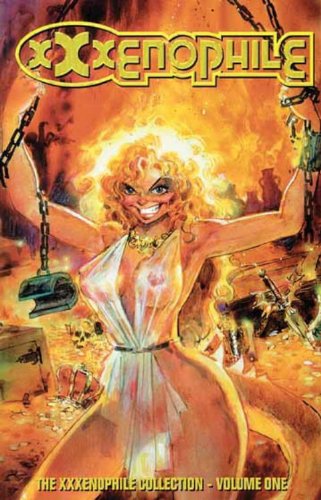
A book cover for The XXXenophile Collection Vol. 1; Phil Foglio; Comics & Graphic Novels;